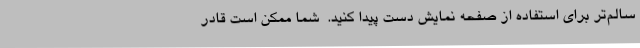
سالم‌تر برای استفاده از صفحه نمایش دست پیدا کنید.  شما ممکن است قادر